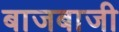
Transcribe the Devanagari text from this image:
बाजबाजी